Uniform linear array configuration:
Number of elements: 4
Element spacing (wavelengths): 0.25
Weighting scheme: exponential
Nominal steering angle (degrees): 0
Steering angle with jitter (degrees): -0.8619
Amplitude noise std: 0.05
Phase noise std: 0.05

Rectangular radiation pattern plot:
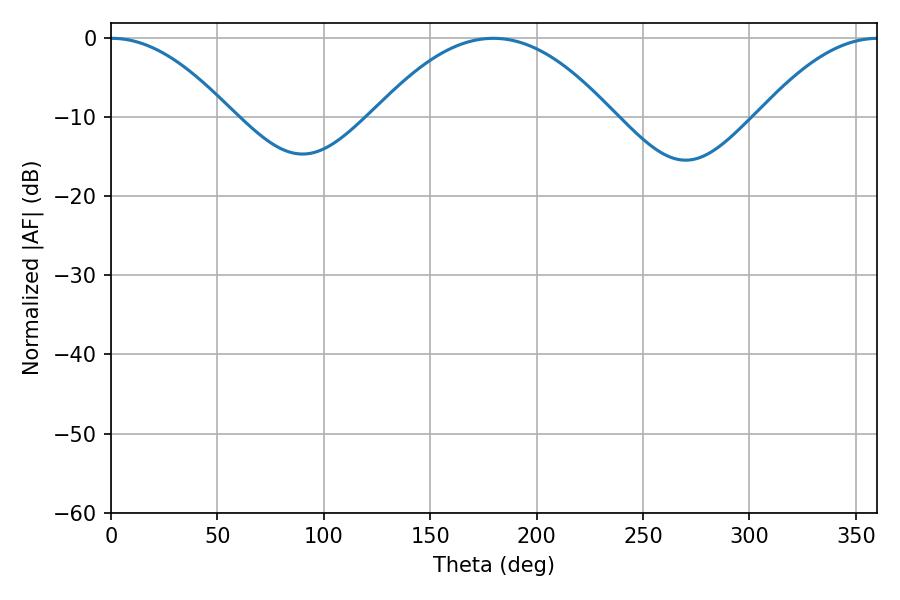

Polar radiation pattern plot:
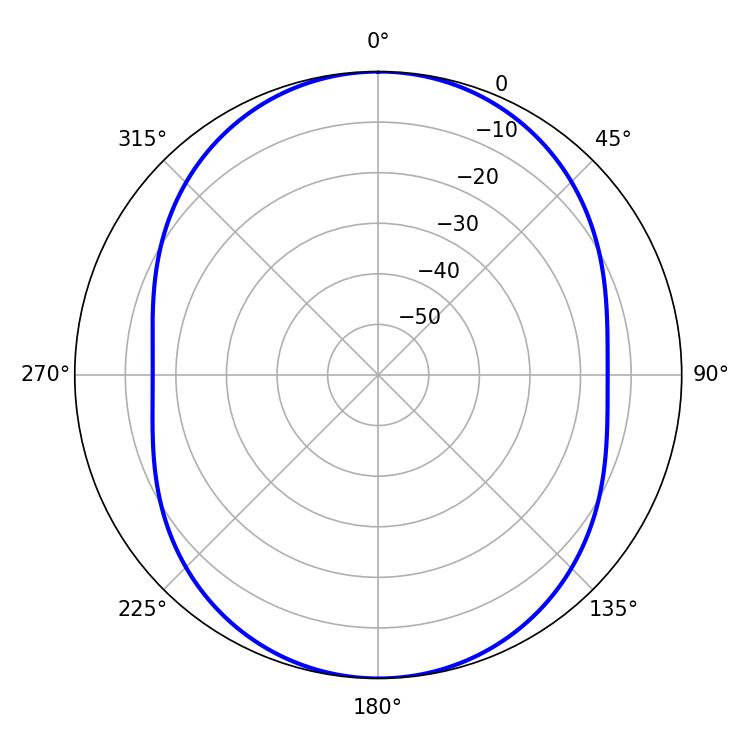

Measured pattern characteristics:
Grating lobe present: FALSE
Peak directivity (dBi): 19.883
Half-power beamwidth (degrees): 31.14
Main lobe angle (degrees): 0.36